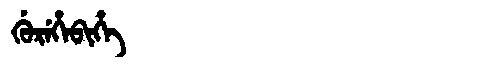
Manchu: ᡤᡠᡵᡝᡥᡝᠪᡳᡥᡝ
Romanization: GUREHEBIHE